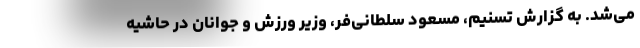
می‌شد. به گزارش تسنیم، مسعود سلطانی‌فر، وزیر ورزش و جوانان در حاشیه